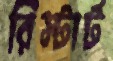
রিস্টার্ট